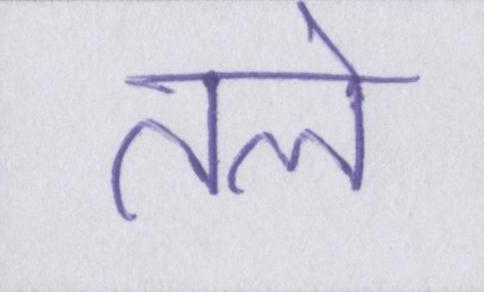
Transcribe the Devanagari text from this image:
तले